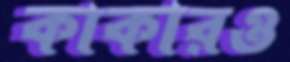
কাকারও